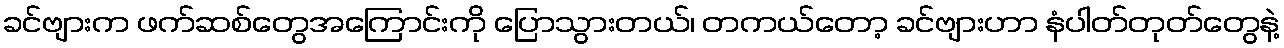
ခင်ဗျားက ဖက်ဆစ်တွေအကြောင်းကို ပြောသွားတယ်၊ တကယ်တော့ ခင်ဗျားဟာ နံပါတ်တုတ်တွေနဲ့